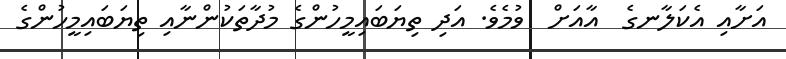
އަށާއި އެކަލާނގެ  އާއަށް  ވުމެވެ. އަދި ތިޔަބައިމީހުންގެ މުދާތަކުންނާއި ތިޔަބައިމީހުންގެ